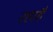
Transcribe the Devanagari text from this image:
रहाहै